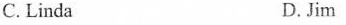
C.Linda D.Jim